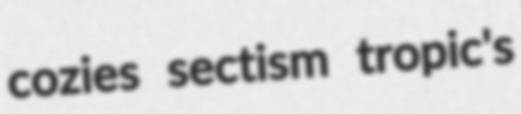
cozies sectism tropic's